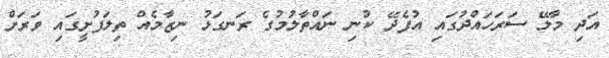
އަދި މާލޭ ސަރަހައްދުގައި އުފެދޭ ކުނި ނައްތާލުމުގެ ރަނގަޅު ނިޒާމެއް ތިލަފުށީގައި ވަރަށް